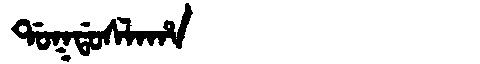
Manchu: ᡩᠣᡴᡩᠣᠰᠯᠠᡥᠠ
Romanization: DOKDOSLAHA